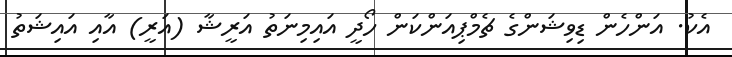
އެކު. އަންހެން ޑިވިޝަންގެ ޗެމްޕިއަންކަން ހޯދީ އައިމިނަތު އަރީޝާ (އަރީ) އާއި އައިޝަތު